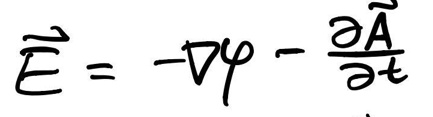
\(\vec{E} = -\nabla \varphi - \frac{\partial \vec{A}}{\partial t}\)